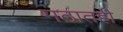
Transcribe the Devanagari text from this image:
मठातही